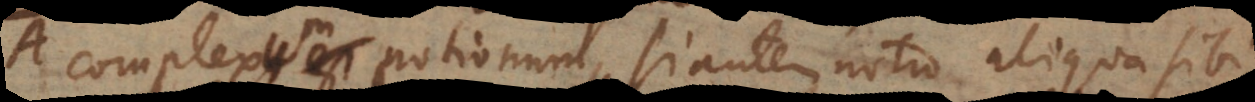
complexum notionum, si autem notio aliqua sibi